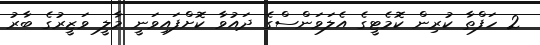
2 ހަފްތާ ކުރިން ކޮމެޓީގެ އެލަވަންސްގެ ދައުވާ ކޮށްފައިވަނީ މާލީ ވަޒީރުގެ ބާރު